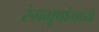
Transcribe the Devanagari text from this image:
रंगभूषांमध्ये